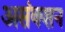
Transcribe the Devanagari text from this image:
असंक्शन